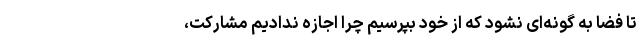
تا فضا به گونه‌ای نشود که از خود بپرسیم چرا اجازه ندادیم مشارکت،